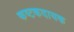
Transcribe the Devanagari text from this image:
कष्टकदायक